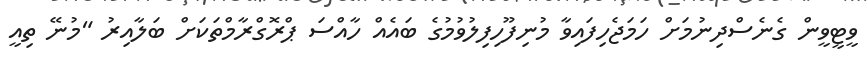
ވީޓީވީން ގެނެސްދިނުމަށް ހަމަޖެހިފައިވާ މުނިފޫހިފިލުވުމުގެ ބައެއް ހާއްސަ ޕްރޮގްރާމްތަކަށް ބަލާއިރު "މުނޭ ތިއީ